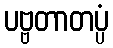
ပဗ္ဗတာတပ္ပံ